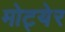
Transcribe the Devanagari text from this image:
मोट्येर